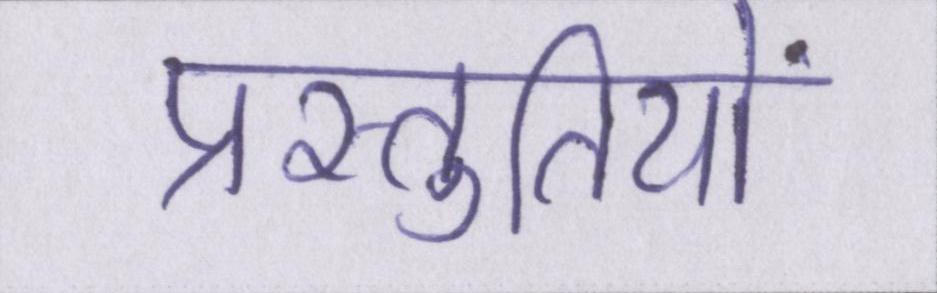
प्रस्तुतियों